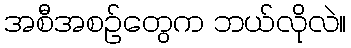
အစီအစဉ်တွေက ဘယ်လိုလဲ။